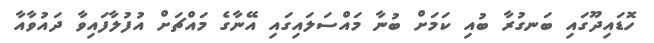
ހޮޑައިދޫގައި ބަނގުރާ ބުއި ކަމަށް ބުނާ މައްސަލައިގައި އޭނާގެ މައްޗަށް އުފުލާފައިވާ ދައުވާއާ